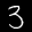
Label: 3